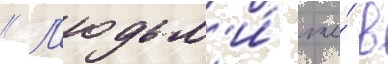
// Л'юдьм'и́ же́ в